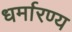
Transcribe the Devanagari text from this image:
धर्मारण्य